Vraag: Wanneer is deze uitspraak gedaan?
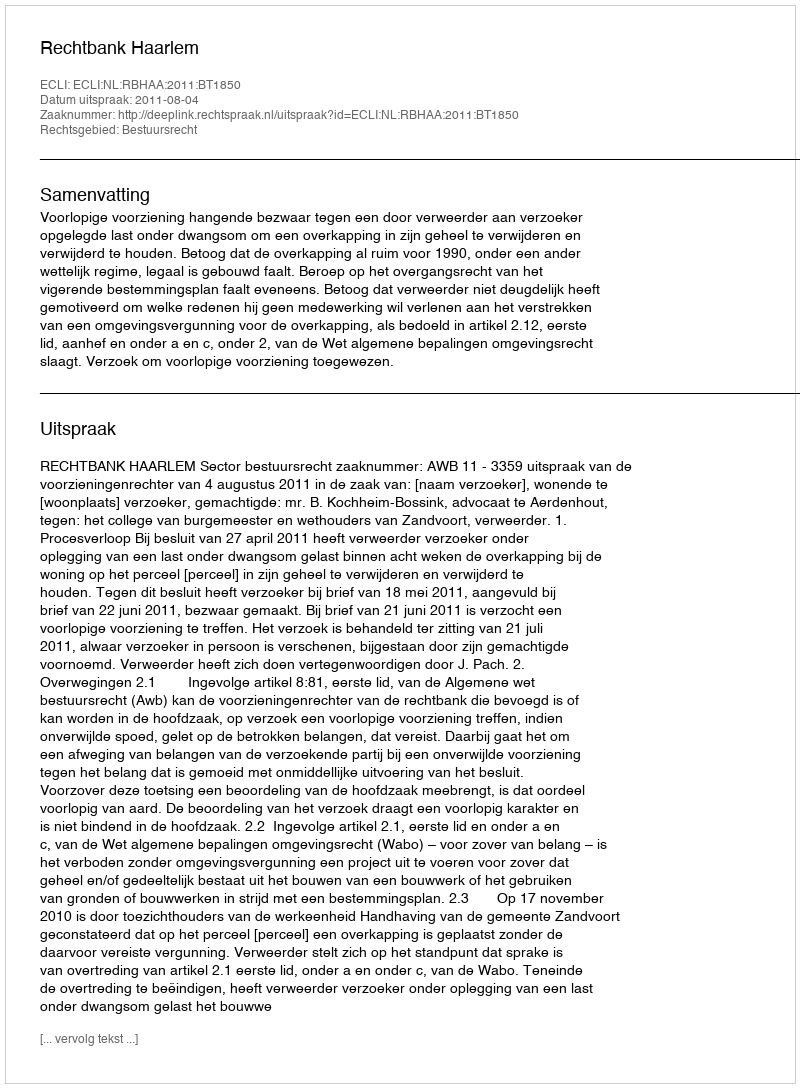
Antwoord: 2011-08-04